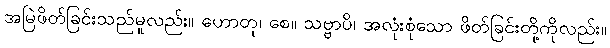
အမြဲဖိတ်ခြင်းသည်မူလည်း။ ဟောတု၊ စေ။ သဗ္ဗာပိ၊ အလုံးစုံသော ဖိတ်ခြင်းတို့ကိုလည်း။